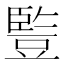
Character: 䜿